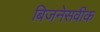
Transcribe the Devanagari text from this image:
बिजनेसवीक